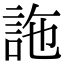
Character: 𧦧